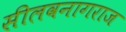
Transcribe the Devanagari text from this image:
सीलवनागराज